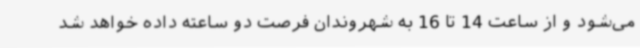
می‌شود و از ساعت 14 تا 16 به شهروندان فرصت دو ساعته داده خواهد شد